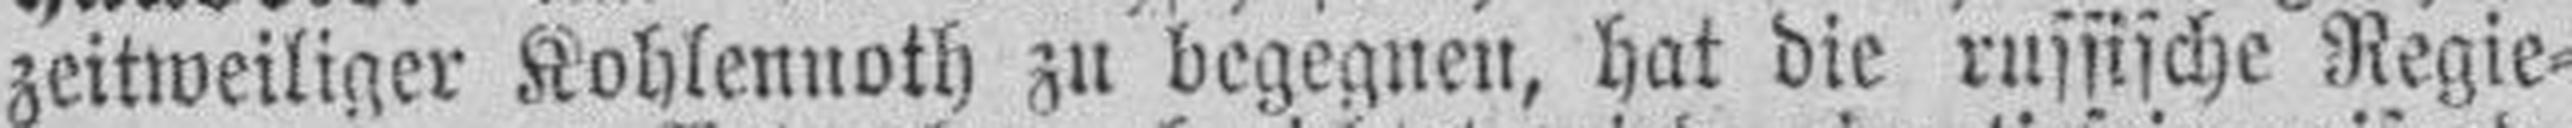
zeitweiliger Kohlennoth zu begegnen, hat die russische Regie¬